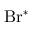
\mathrm { B r ^ { * } }